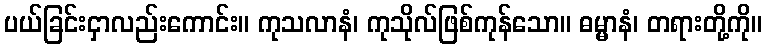
ပယ်ခြင်းငှာလည်းကောင်း။ ကုသလာနံ၊ ကုသိုလ်ဖြစ်ကုန်သော။ ဓမ္မာနံ၊ တရားတို့ကို။